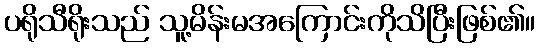
ပရိုသီရိုးသည် သူ့မိန်းမအကြောင်းကိုသိပြီးဖြစ်၏။